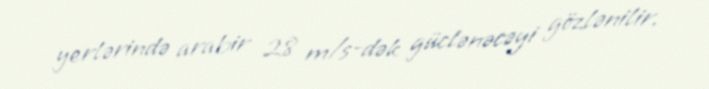
yerlərində arabir 28 m/s-dək güclənəcəyi gözlənilir.